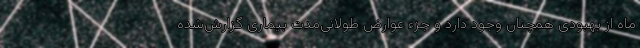
ماه از بهبودی همچنان وجود دارد و جزء عوارض طولانی‌مدت بیماری گزارش‌شده